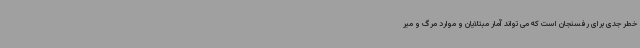
خطر جدی برای رفسنجان است که می تواند آمار مبتلایان و موارد مرگ و میر